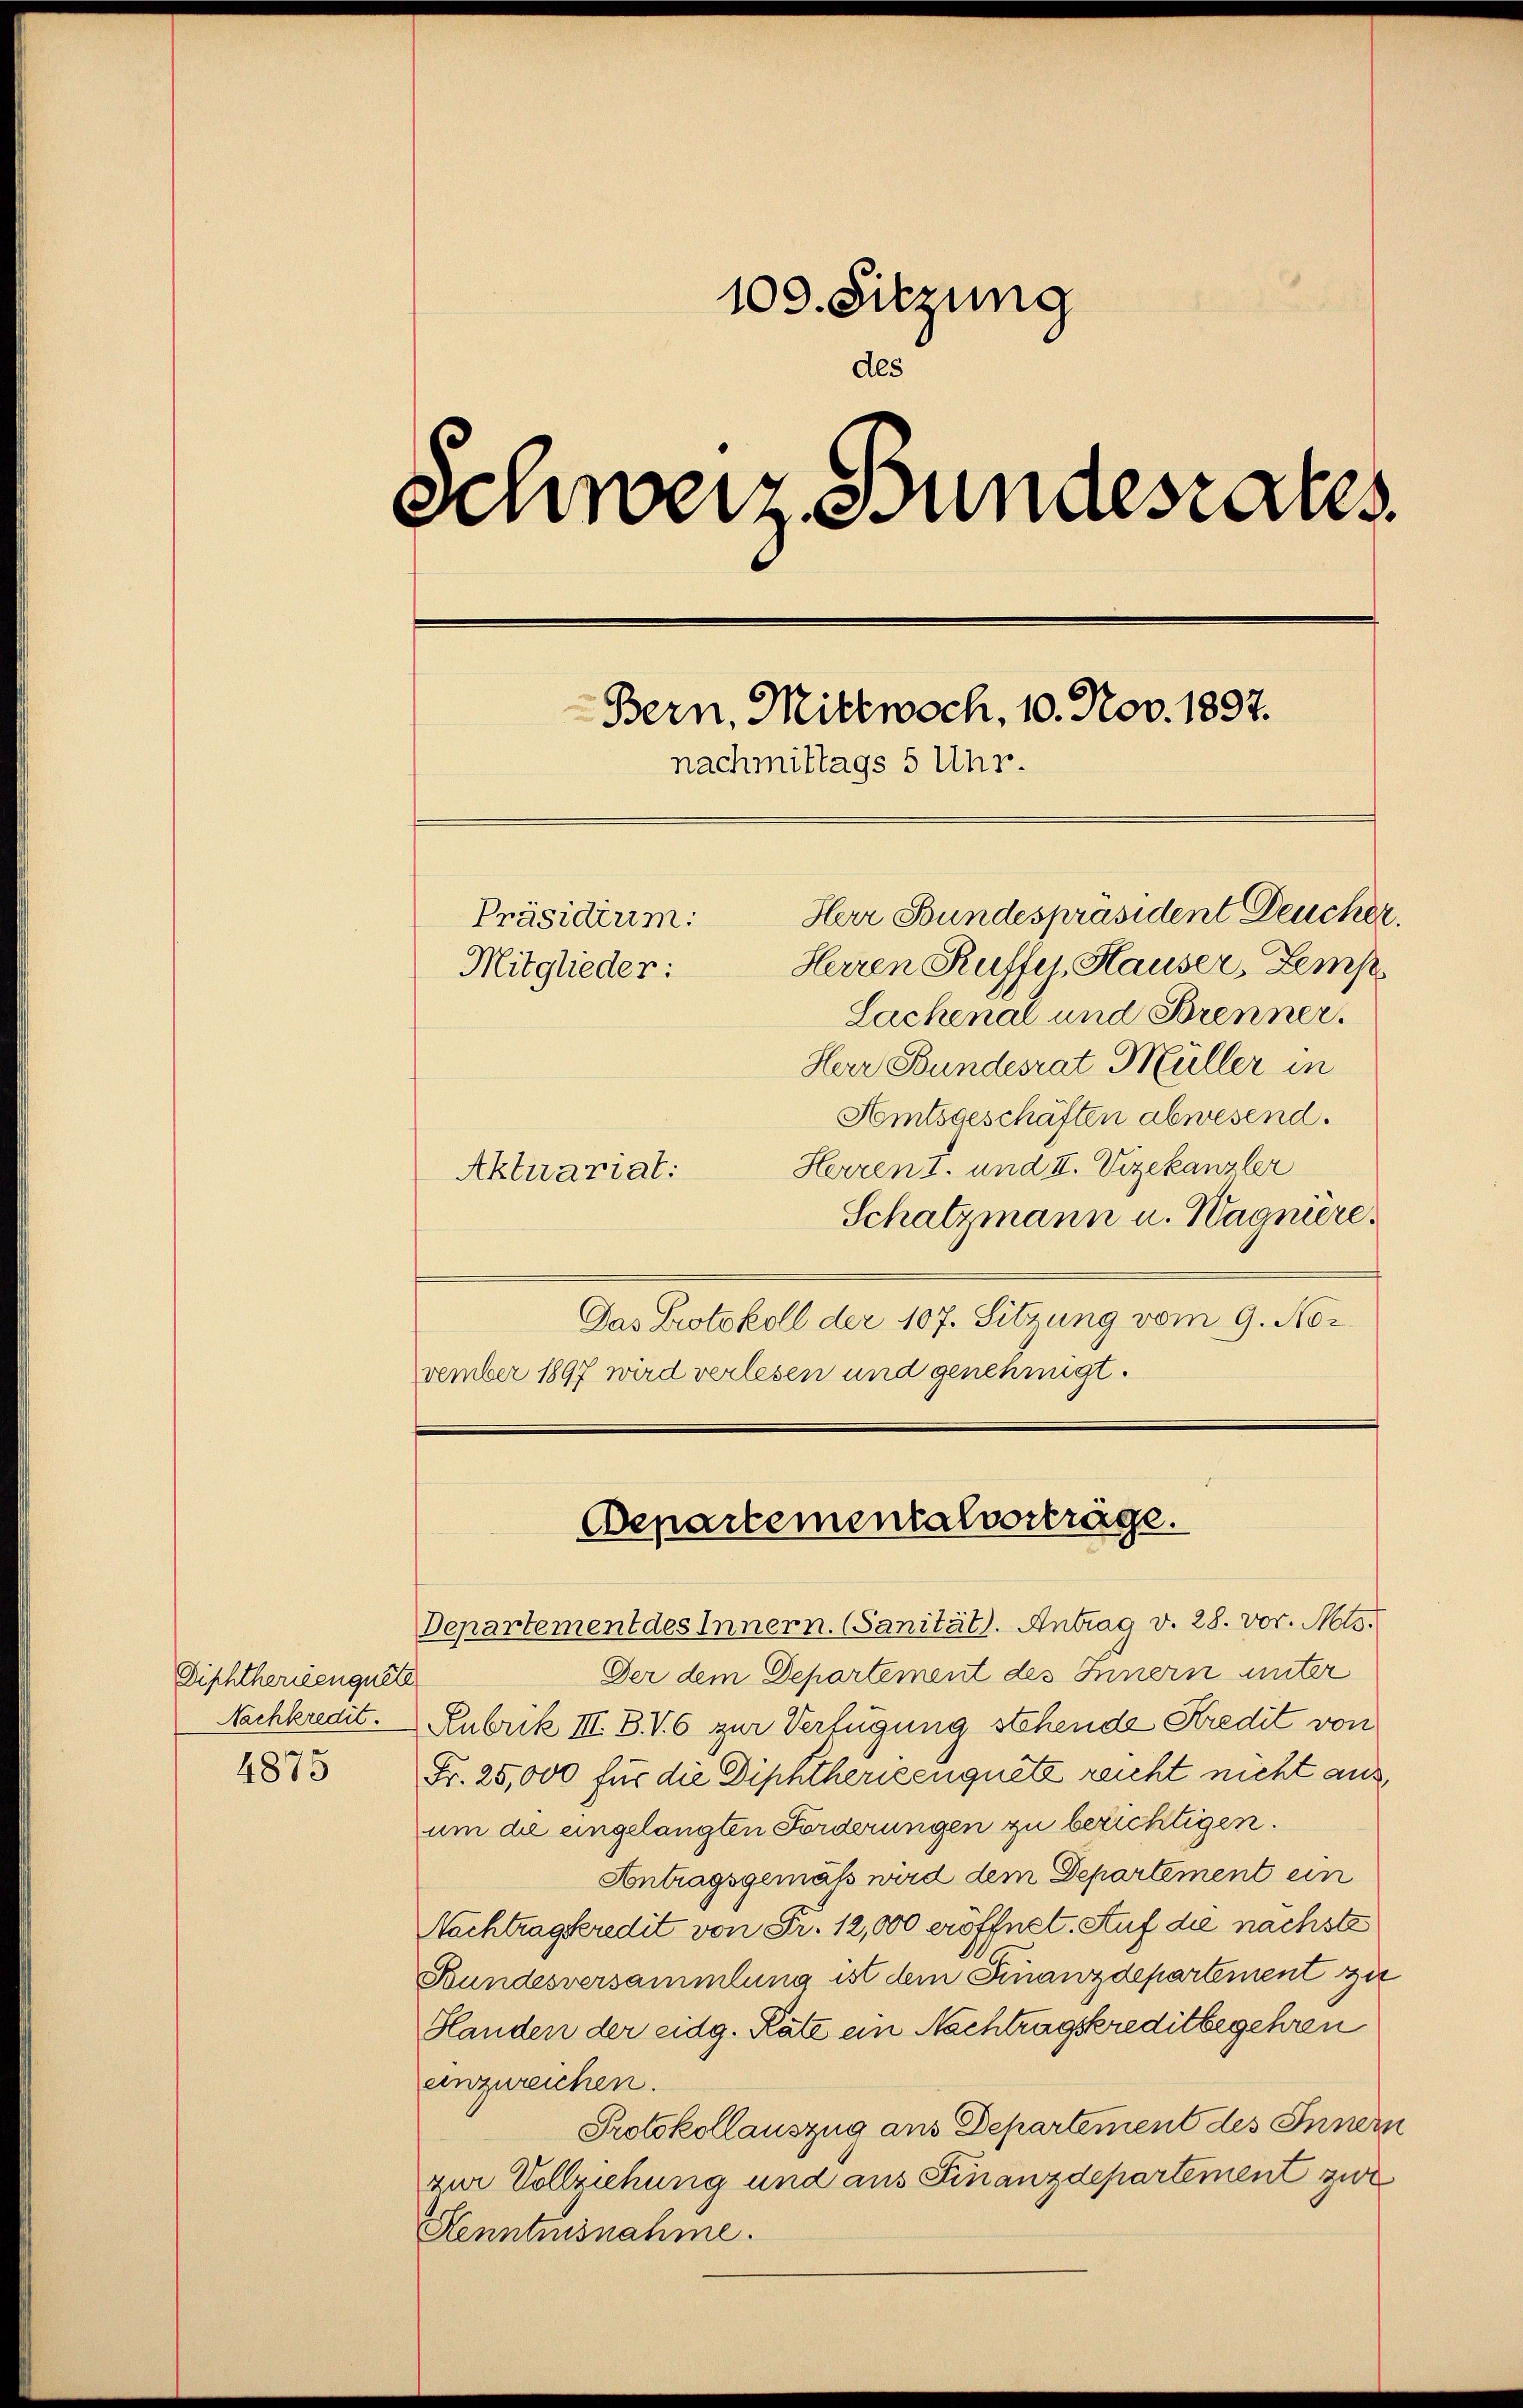
Diphtherieenquete
Nachkredit.

4875

100. Sitzung
des
Schweiz. Bundesrates
Bern, Mittwoch, 10. Nov. 1897.
nachmittags 5 Uhr.
Herr Bundespräsident Deucher.
Präsidium:
Herren Ruffer, Hauser, Zemp
Mitglieder:
Lachenal und Brenner.
Herr Bundesrat Müller in

Amtsgeschäften abwesend.
Herren I. und II. Vizekanzler
Aktuariat:
Schatzmann u. Wagnere
Das Protokoll der 107. Sitzung vom 9. Nor
vember 1897 wird verlesen und genehmigt.

Departementalverträge.

Departement des Innern. (Sanität. Antrag v. 28. vor. Mts.
Der dem Departement des Innern unter
Rubrik III. B. V. 6 zur Verfügung stehende Kredit von
Fr. 25,000 für die Diphtherieenguetz reicht nicht aus,
um die eingelangten Forderungen zu berichtigen.
Antragsgemäß wird dem Departement ein
Nachtragkredit von Fr. 12,000 eröffnet. Auf die nächste
Bundesversammlung ist dem Finanzdepartement zu
Handen der eidg. Räte ein Nachtragskreditbegehren
einzureichen.
Protokollauszug aus Departement des Innern
zur Vollziehung und aus Finanzdepartement zur
Henntnisnahme.